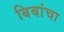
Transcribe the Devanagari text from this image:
बिबांचा